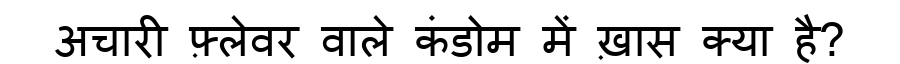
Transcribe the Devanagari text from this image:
अचारी फ़्लेवर वाले कंडोम में ख़ास क्या है?